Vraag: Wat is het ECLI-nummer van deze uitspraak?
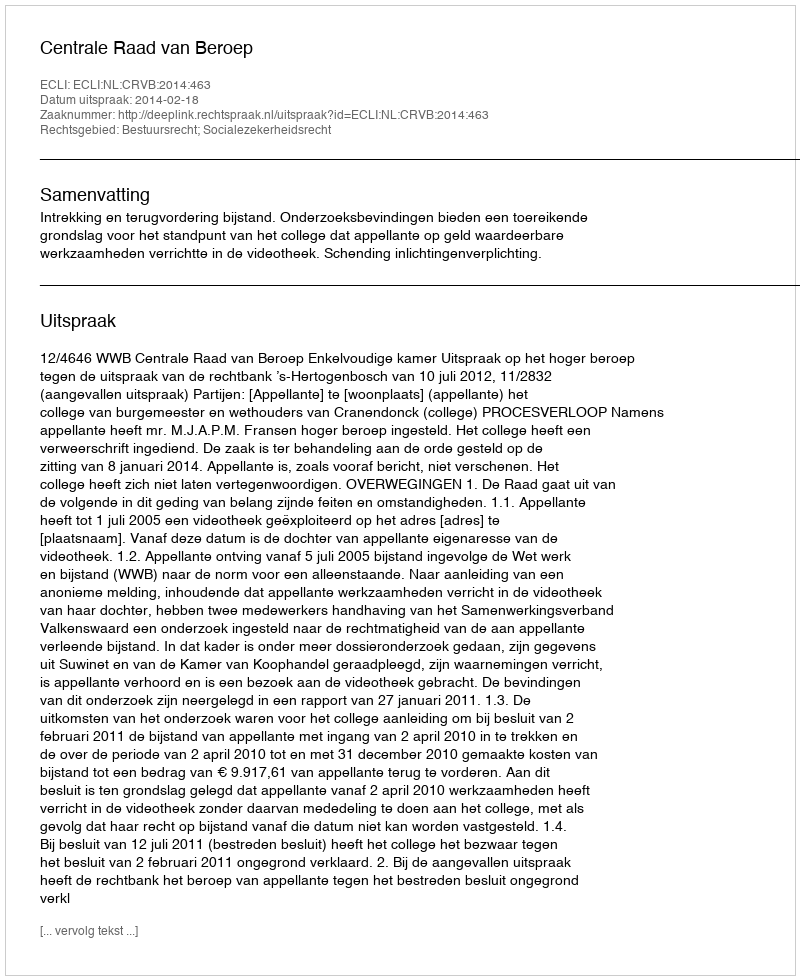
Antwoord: ECLI:NL:CRVB:2014:463